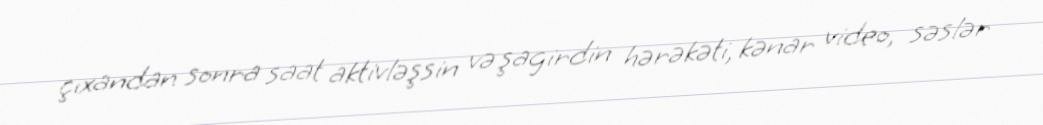
çıxandan sonra saat aktivləşsin və şagirdin hərəkəti, kənar video, səslər